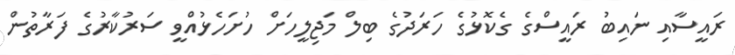
ރައީސާއި ނައިބު ރައީސްގެ ގެކޮޅުގެ ހަރަދުގެ ބިލް މަޖިލީހަށް ހުށަހެޅުއްވީ ސަރުކާރުގެ ފަރާތުން